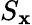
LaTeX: S_{\mathbf{x}}